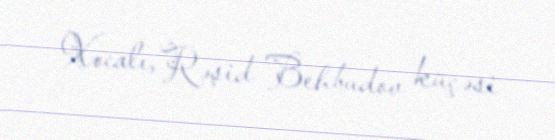
Xocalı, Rəşid Behbudov küçəsi